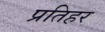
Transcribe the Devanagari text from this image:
प्रतिहर